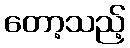
တော့သည့်